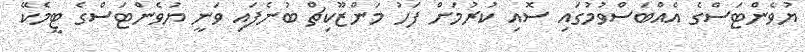
ޔުވެންޓަސްގެ އެއްބަސްވުމުގައި ސޮއި ކުރުމަށް ފަހު މަންޒޫކިޗް ބުނެފައި ވަނީ ޔުވެންޓަސްގެ ޓީމެކޭ